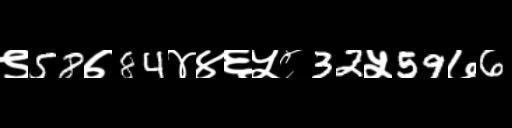
Text: ९58७84४४६५८32५59७6